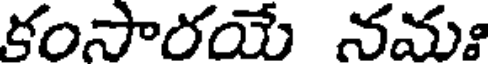
కంసారయే నమః